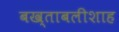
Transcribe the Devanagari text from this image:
बख्ताबलीशाह